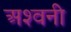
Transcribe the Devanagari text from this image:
अश्‍वनी